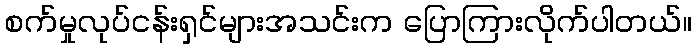
စက်မှုလုပ်ငန်းရှင်များအသင်းက ပြောကြားလိုက်ပါတယ်။